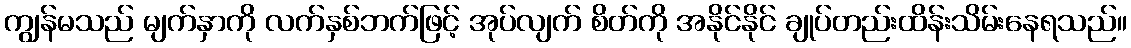
ကျွန်မသည် မျက်နှာကို လက်နှစ်ဘက်ဖြင့် အုပ်လျက် စိတ်ကို အနိုင်နိုင် ချုပ်တည်းထိန်းသိမ်းနေရသည်။